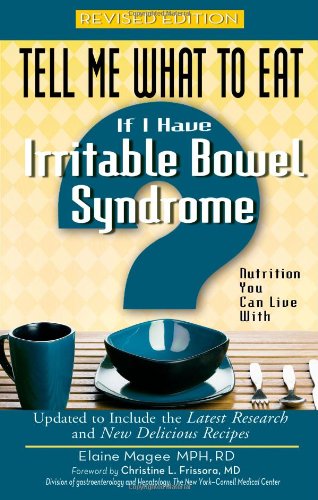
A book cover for If I Have Irritable Bowel Syndrome: Nutrition You Can Live with (Tell Me What to Eat); Elaine Magee; Health, Fitness & Dieting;